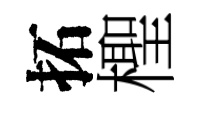
拓檉